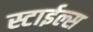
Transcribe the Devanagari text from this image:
स्टाईल्स